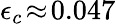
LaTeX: \epsilon_{c}\! \approx\! 0.047